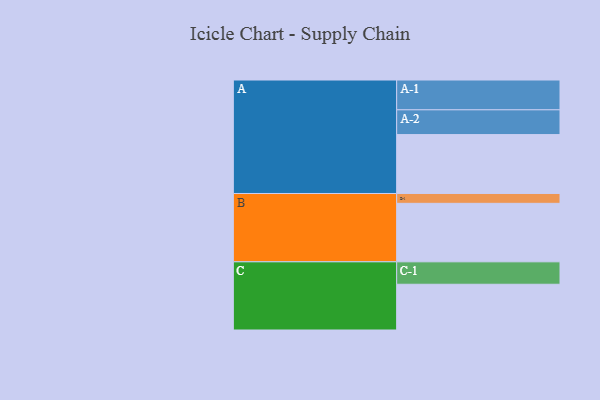
{"axis": {"x": "Segment", "y": "Value"}, "legend": ["", "A", "B", "C"], "data": [{"x": "A", "y": 407, "type": ""}, {"x": "B", "y": 404, "type": ""}, {"x": "C", "y": 316, "type": ""}, {"x": "A-1", "y": 206, "type": "A"}, {"x": "A-2", "y": 171, "type": "A"}, {"x": "B-1", "y": 68, "type": "B"}, {"x": "C-1", "y": 155, "type": "C"}]}